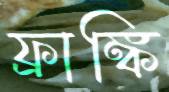
ফ্রাঙ্কি